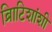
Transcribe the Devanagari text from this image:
ब्रिाटिशांशी